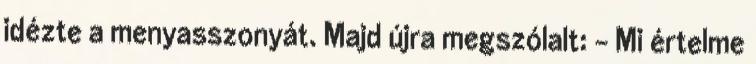
idézte a menyasszonyát. Majd újra megszólalt: – Mi értelme